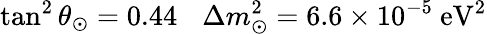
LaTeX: \tan^{2}\theta_{\odot}=0.44\: \: \: \: \Delta m_{\odot}^{2}=6.6\times 10^{-5}~\mathrm{eV^{2}}